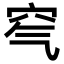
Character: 𥤶